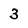
Character: 3